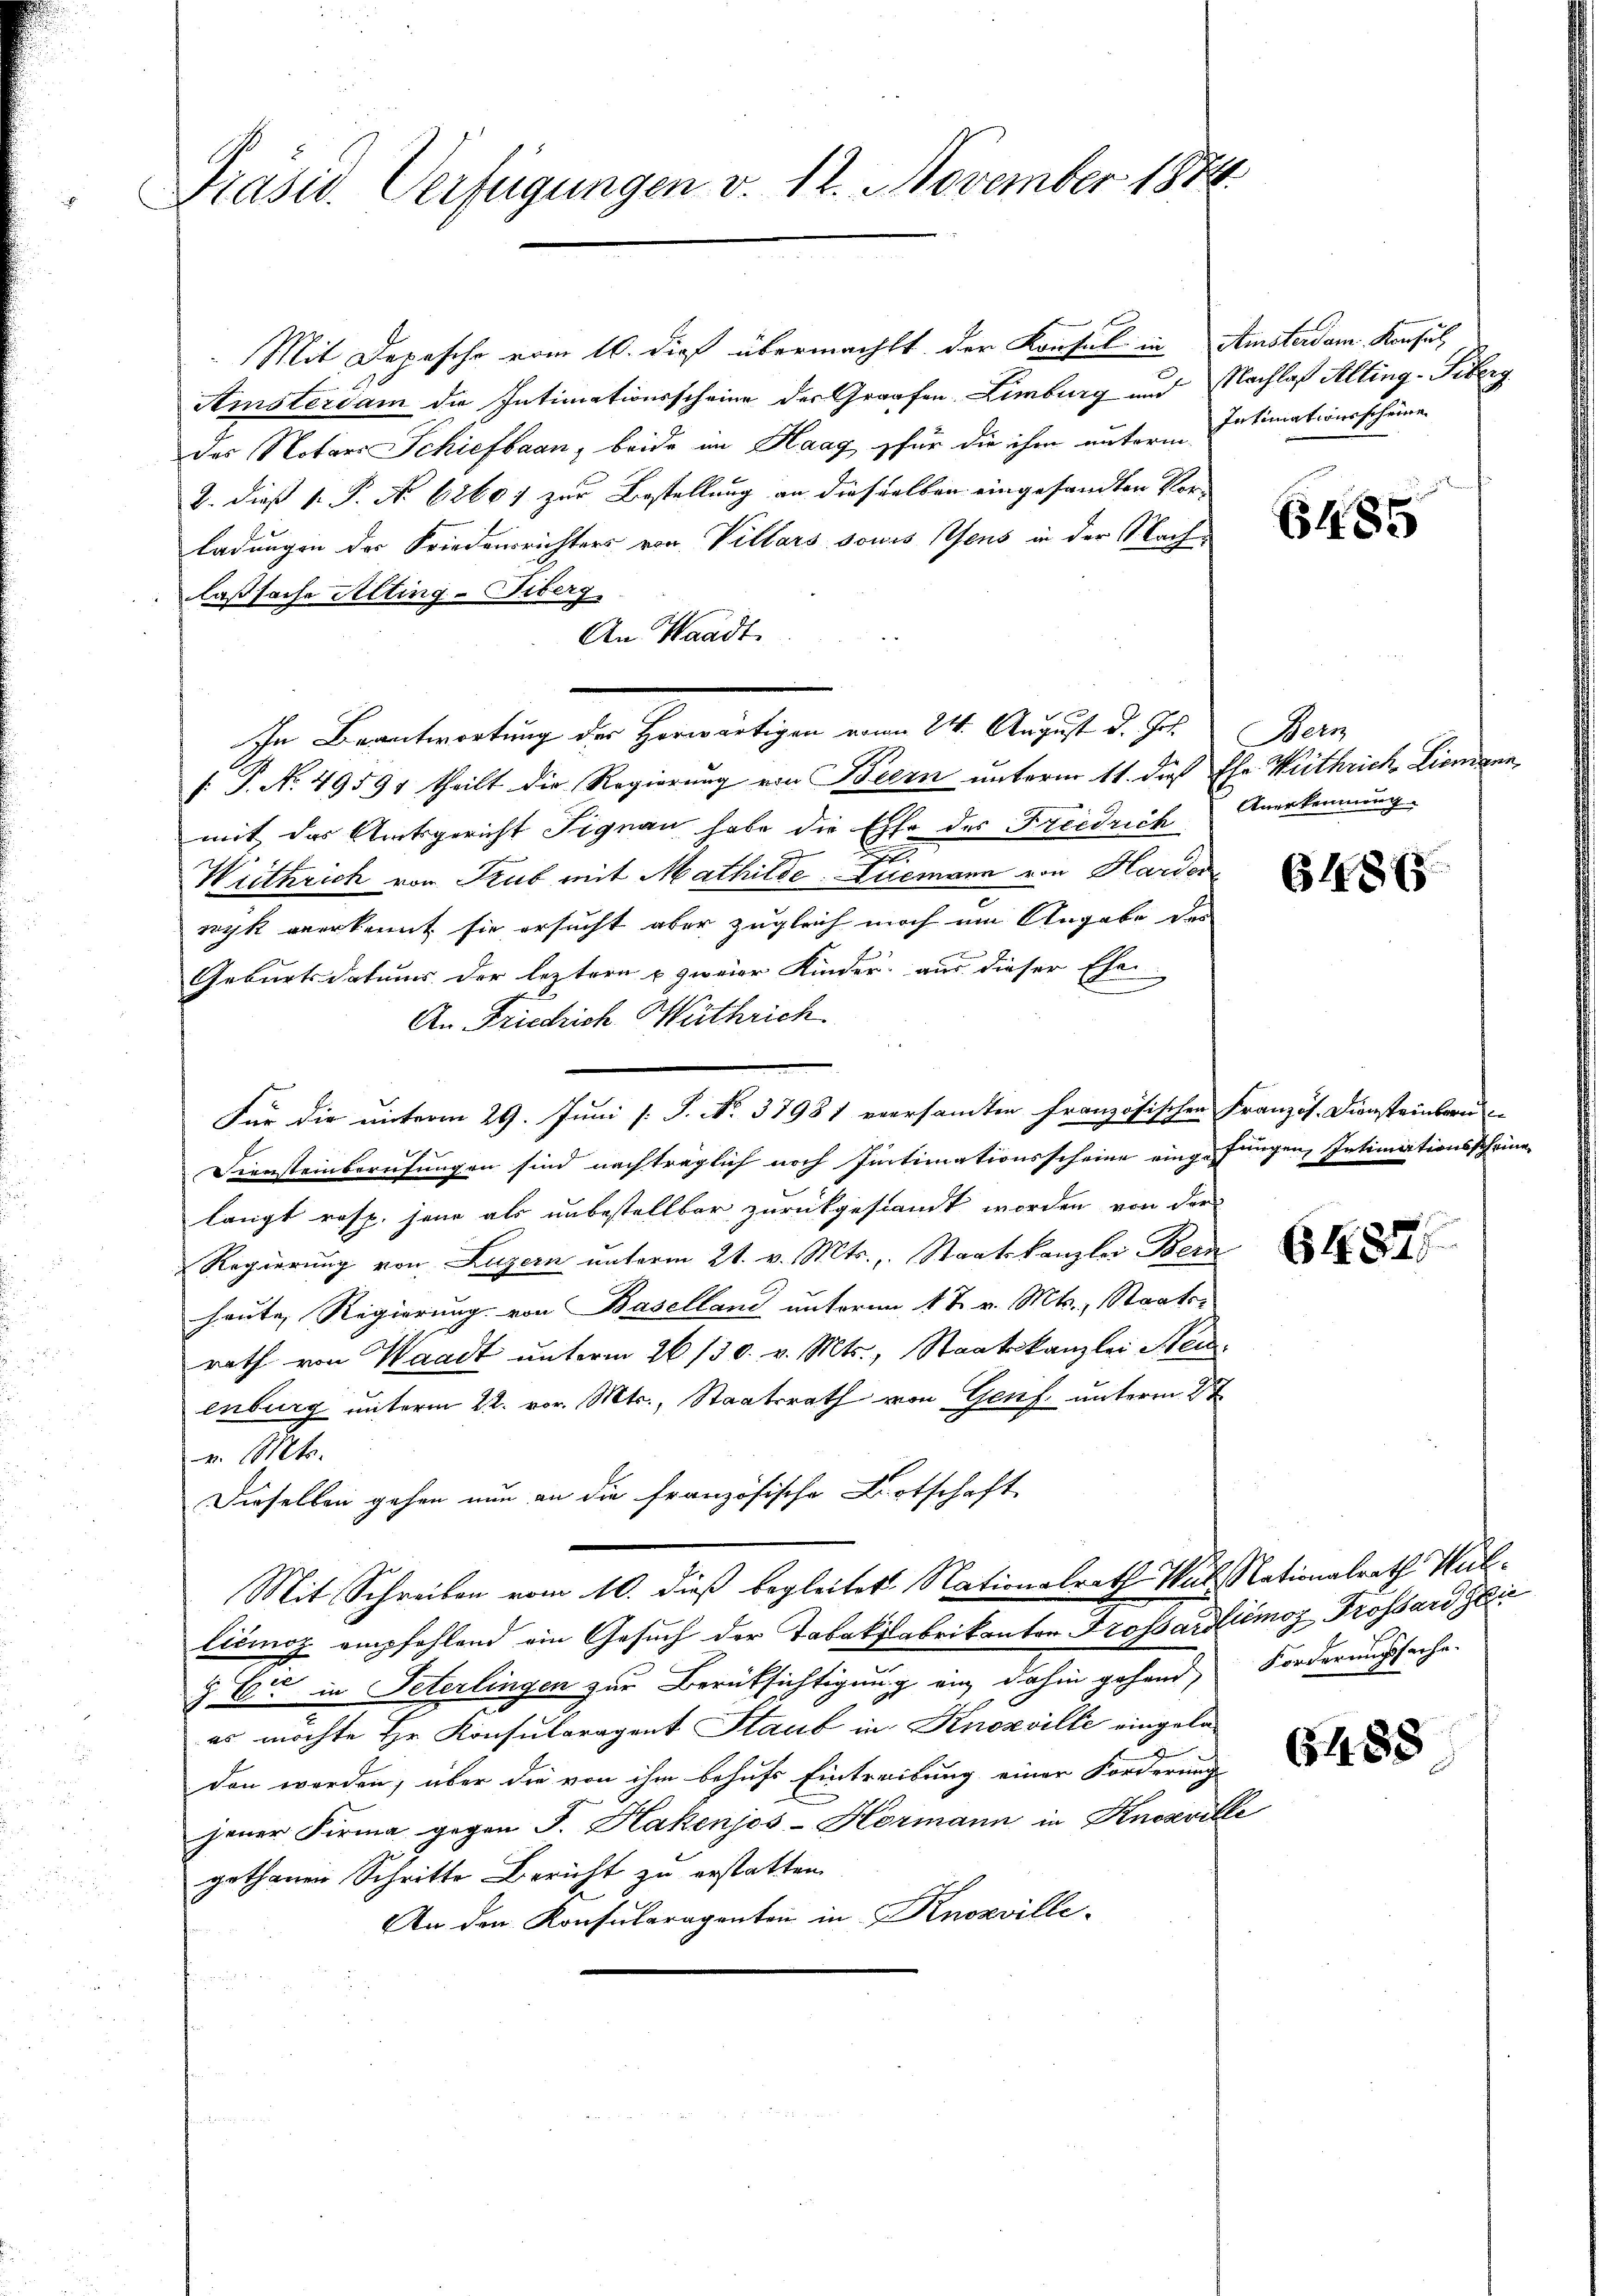
Präsid. Verfügungen v. 12. November 1874.

Mit Depesche vom 16. dieß übermacht der Konsul in Amsterdam Konsul
Amsterdam die Intimationsscheine der Grafen, Limburg und Nachlaß Alting-Tiberg
des Notars Schiefbaan, beide im Haag für die ihm unterm Intimationsscheine
B. dieß P. P. No 6260; zur Bestellung an diesselben eingesandten Vor-
ladungen der Friedensrichters von Villars souis mens in der Nachlaßsache Alting-Tiberg
An Waadt.
ihr Beantwortung der Herwärtigen vom 24. August d. Js. & Bern
f: P. No. 49594 theilt die Regierung von Beern unterm 11. dieß Ehr. Weithrich, Liemann
mit des Amtsgericht Signau habe die Ehe der Freidrich
Wiittrich von Trub mit Mathilde. Leemann von Harder
nyk anerkennt, sie ersucht aber zugleich noch um Angabe des
Geburtsdatums der leztern u zweier Kinder aus dieser Ehe
An Friedrich Wüthrich
Für die unterm 29. Juni [ P. No. 37981 versandten Französischen Französ. Diensteinbaru
|
Diensteinberufungen sind nachträglich noch Intimationsscheine eingefungen, Intimationsschring
langt resp. jene als unbestellbar zurückgestandt worden von der
Regierung von Luzern unterm 21. v. Mts. Staatskanzlei Bern
heute, Regierung von Baselland unterm 17. v. Mts., Staatsrath von Waadt unterm 26/30. v. Mts., Staatskanzlei Neuenburg unterm 22. vor. Mts., Staatsrath von Genf unterm 2t
v. Mts.
Dieselben gehen nun an die französische Wirtschaft
Mit Schreiben vom 10. dieß begleitet. Nationalrath Wal Nationalrath Hullicnoz empfehlend ein Gesuch der Tabakfabrikanton Trossardlmoz Trossard Zie
z. Er in Peterlingen zur Berüksichtigung an dahin gehand, Forderungssache.
es möchte Hr. Konsularagent Staub in Knozville eingeladen werden, über die von ihm behufs Eintreibung einer Forderung
jener Firma gegen J. Hakenjos-Hormann in Knosville
gethanen Schritte Bericht zu erstatten.
e
An den Konsularagenten in Knozville-

6485

Anerkennung

64845

6487

6488